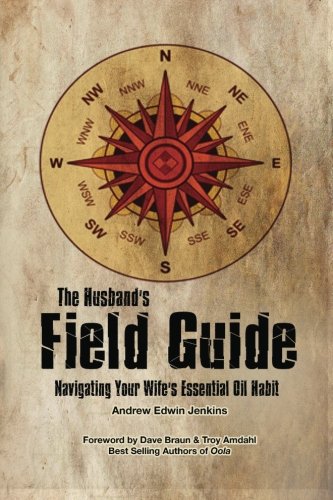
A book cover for The Husband's Field Guide: Navigating Your Wife's Essential Oil Habit; Andrew Edwin Jenkins; Health, Fitness & Dieting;